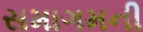
સમાગમની